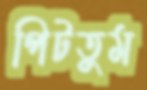
পিটতুম